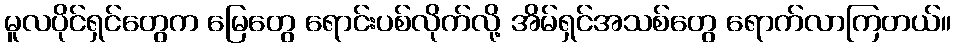
မူလပိုင်ရှင်တွေက မြေတွေ ရောင်းပစ်လိုက်လို့ အိမ်ရှင်အသစ်တွေ ရောက်လာကြတယ်။